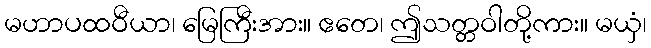
မဟာပထဝီယာ၊ မြေကြီးအား။ ဧတေ၊ ဤသတ္တဝါတို့ကား။ မယှံ၊